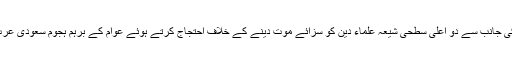
3جنوری ( سیاست ڈاٹ کام ) سعودی عرب کی جانب سے دو اعلیٰ سطحی شیعہ علماء دین کو سزائے موت دینے کے خلاف احتجاج کرتے ہوئے عوام کے برہم ہجوم سعودی عرب کے سفارتخانہ میں زبردست داخل ہوگئے ۔